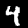
Digit: 4